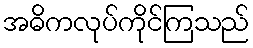
အဓိကလုပ်ကိုင်ကြသည်